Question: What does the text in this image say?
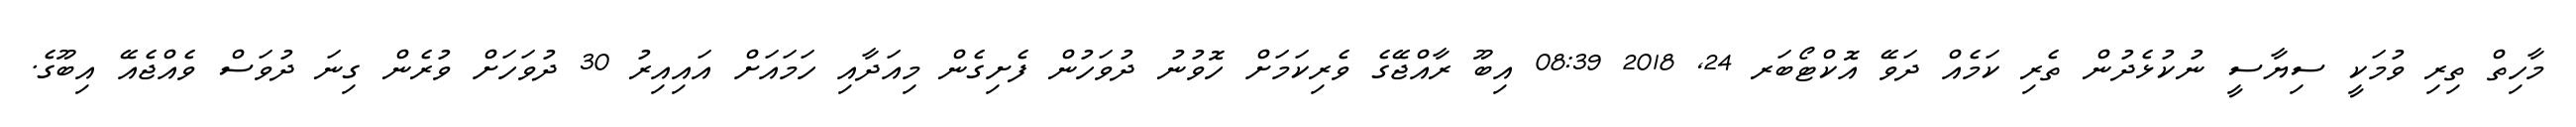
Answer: މާހިތް ތިރި ވުމަކީ ސިޔާސީ ނުކުޅެދުން ތެރި ކަމެއް ދަވޭ އޮކްޓޯބަރ 24, 2018 08:39 އިބޫ ރާއްޖޭގެ ވެރިކަމަށް ހޮވުނު ދުވަހުން ފެށިގެން މިއަދާއި ހަމައަށް އައިއިރު 30 ދުވަހަށް ވުރެން ގިނަ ދުވަސް ވެއްޖެއޭ އިބޫގެ.